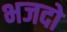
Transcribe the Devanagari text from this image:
भजदो